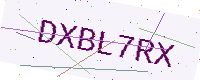
Text: DXBL7RX